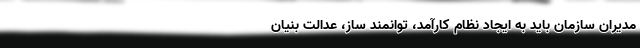
مدیران سازمان باید به ایجاد نظام کارآمد، توانمند ساز، عدالت بنیان